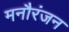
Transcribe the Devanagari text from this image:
मनौरंजन